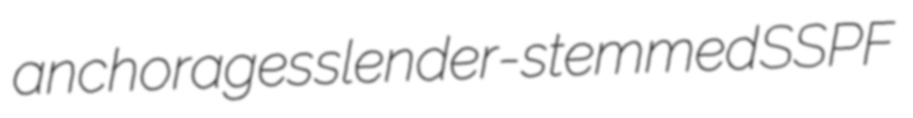
anchorages slender-stemmed SSPF